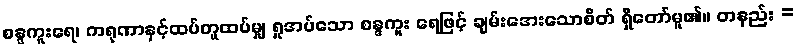
စန္ဒကူးရေ၊ ကရုဏာနှင့်ထပ်တူထပ်မျှ ရှုအပ်သော စန္ဒကူး ရေဖြင့် ချမ်းအေးသောစိတ် ရှိတော်မူ၏။ တနည်း =